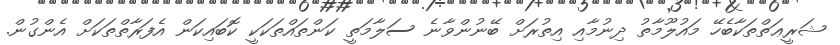
ޝަރީޢަތްތަކާބެހޭ މައުލޫމާތު ދިނުމާއި އިތުރަށް ބޭނުންވާނެ ސަލާމަތީ ކަންތައްތަކަކީ ކޮބައިކަން އެފަރާތްތަކަށް އެންގުން.